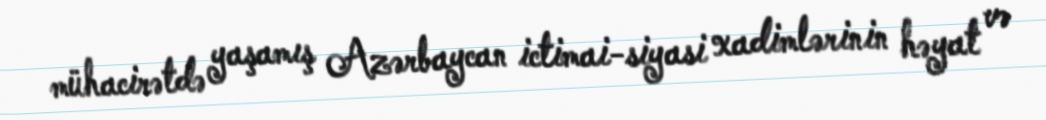
mühacirətdə yaşamış Azərbaycan ictimai-siyasi xadimlərinin həyat və